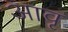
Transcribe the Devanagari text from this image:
आवृ